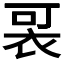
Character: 𧙑